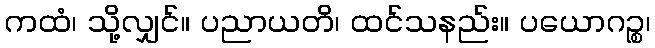
ကထံ၊ သို့လျှင်။ ပညာယတိ၊ ထင်သနည်း။ ပယောဂဉ္စ၊